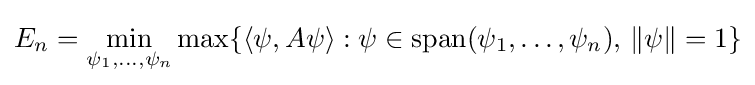
E_{n}=\min _{\psi _{1},\ldots ,\psi _{n}}\max\{\langle \psi ,A\psi \rangle :\psi \in \operatorname {span} (\psi _{1},\ldots ,\psi _{n}),\,\|\psi \|=1\}